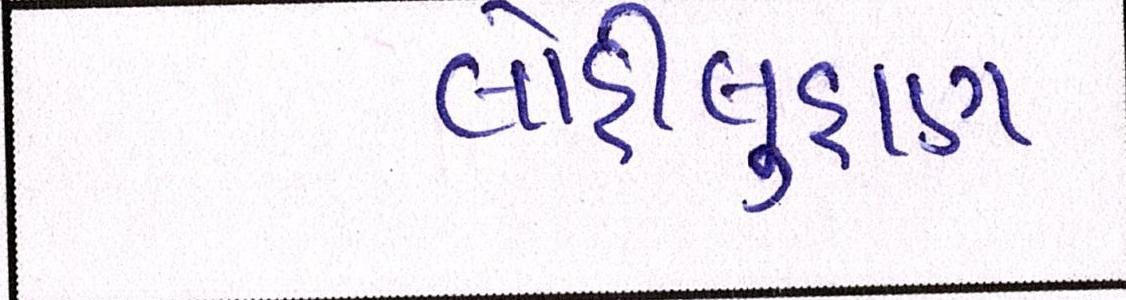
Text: લોહીલુહાણ